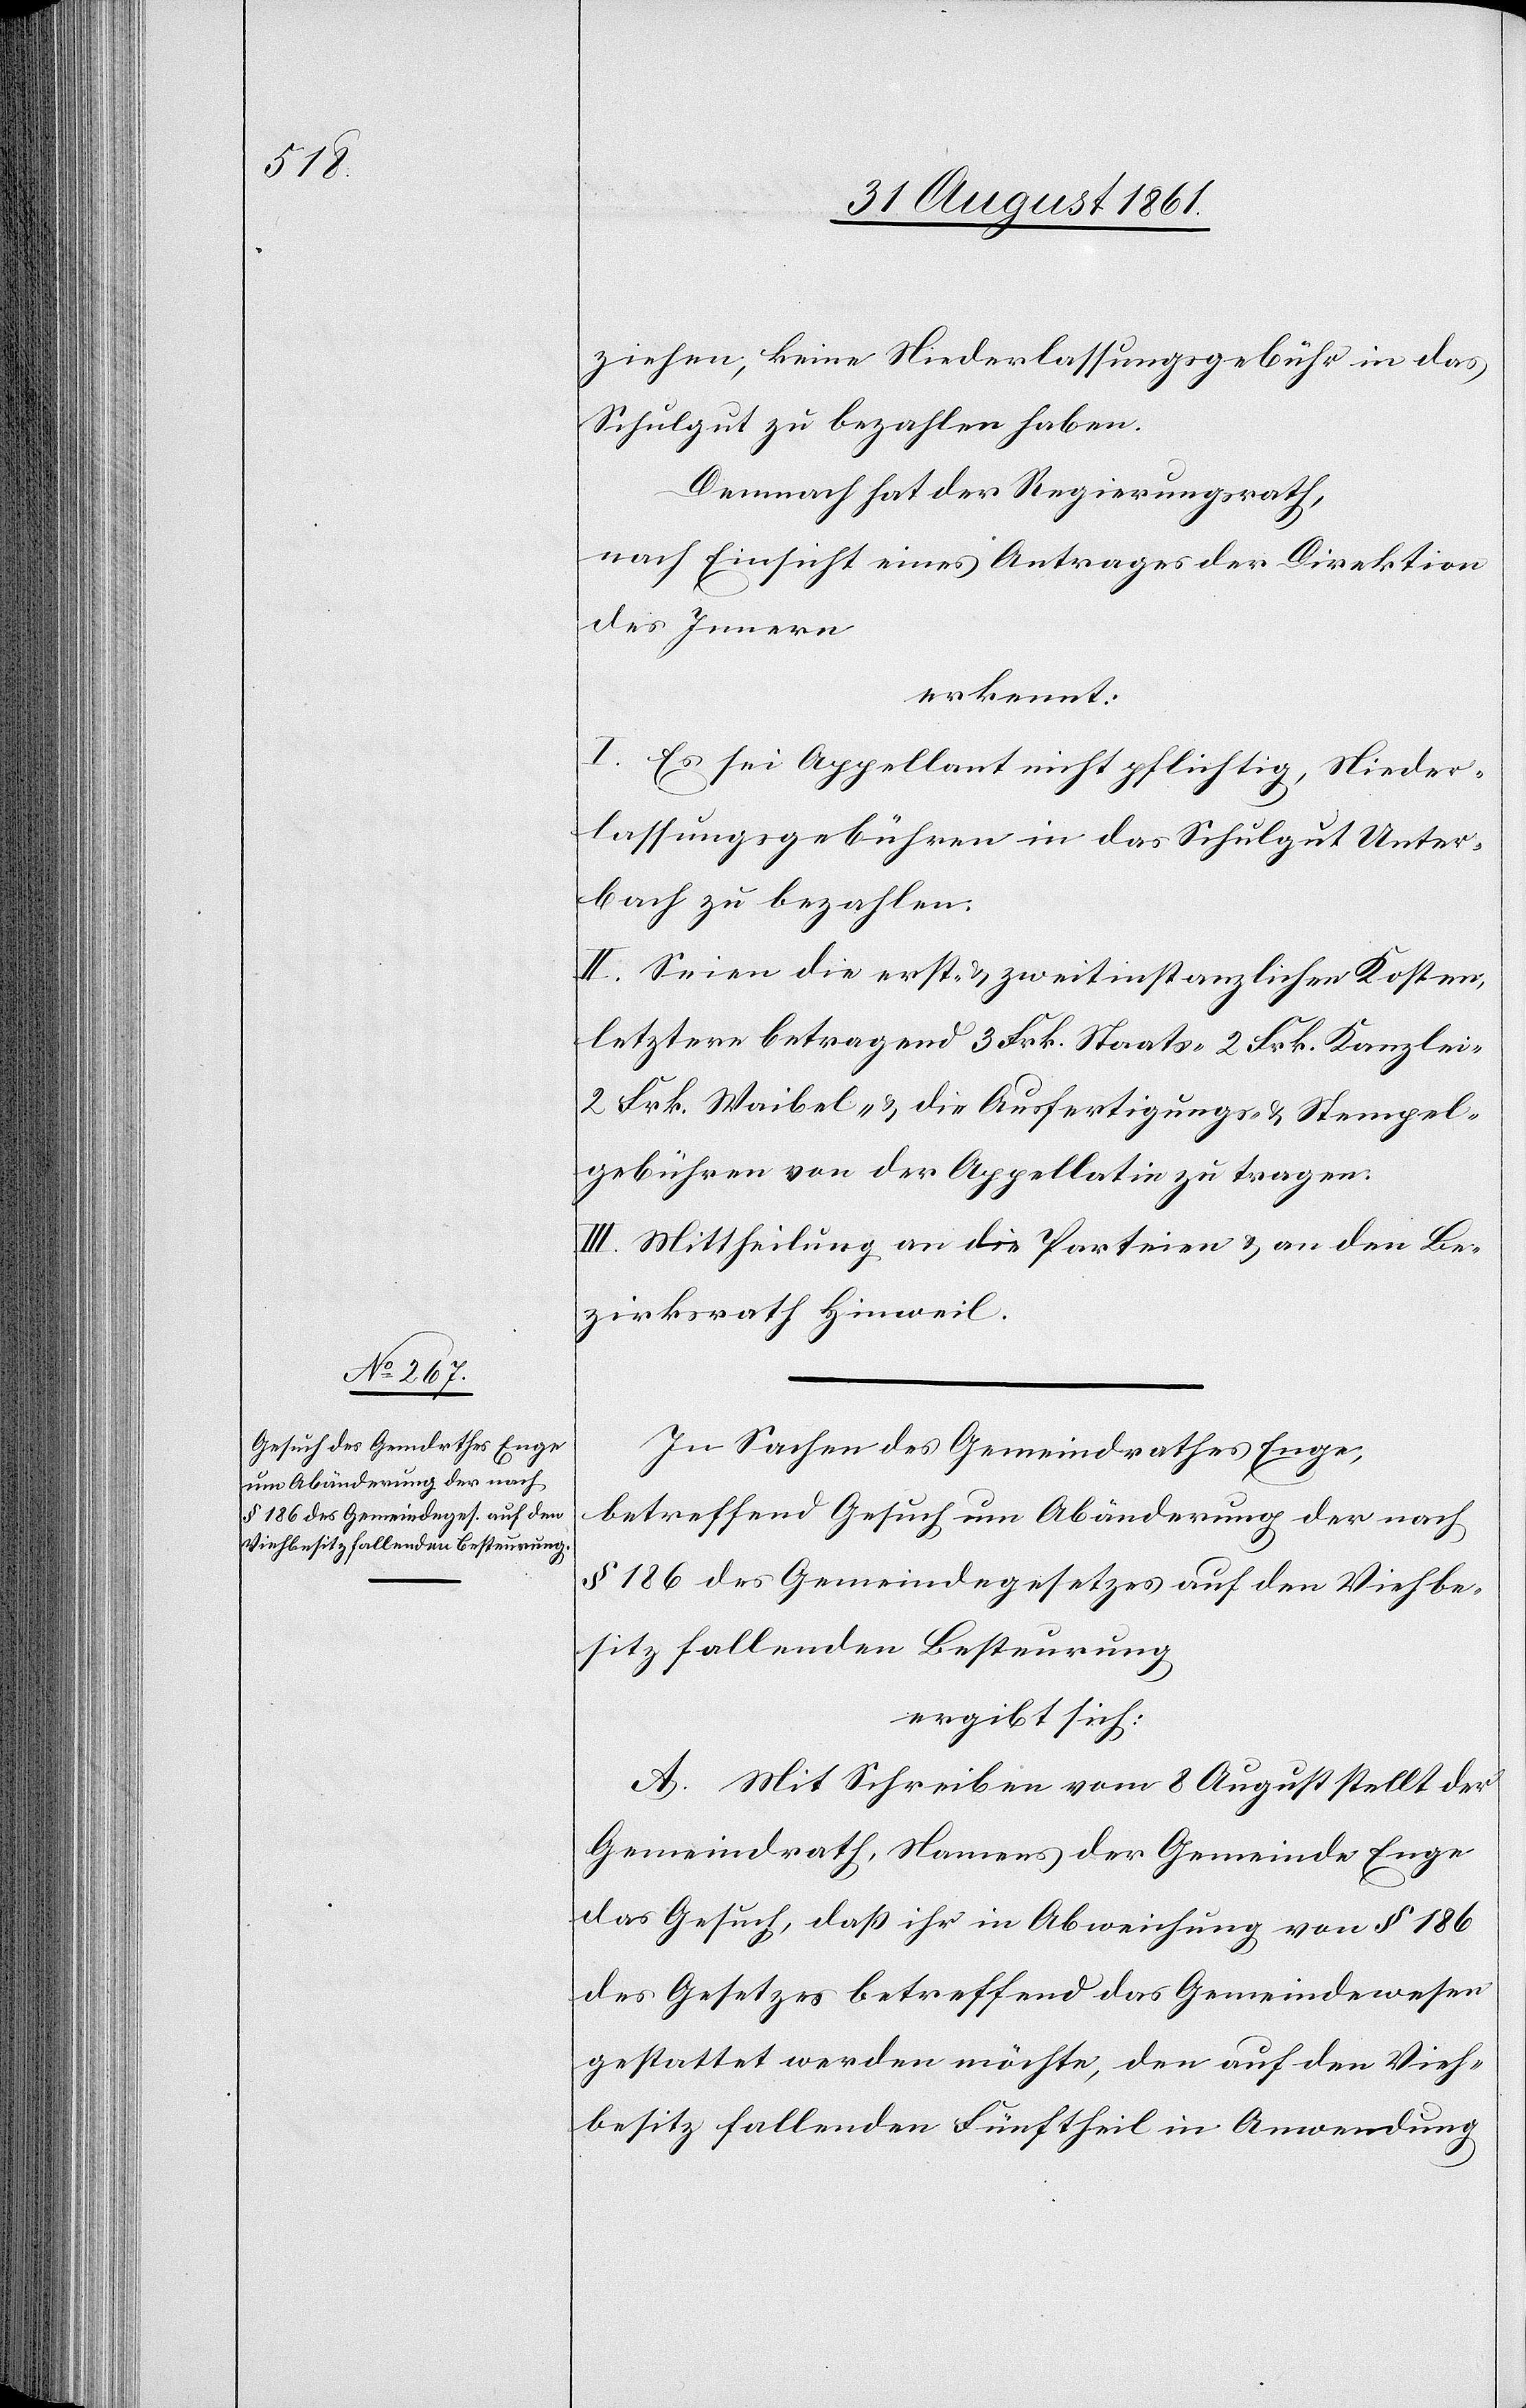
ziehen, keine Niederlassungsgebühr in das
Schulgut zu bezahlen haben.
Demnach hat der Regierungsrath,
nach Einsicht eines Antrages der Direktion
des Innern
erkennt:
I. Es sei Appellant nicht pflichtig, Nieder¬
lassungsgebühren in das Schulgut Unter¬
bach zu bezahlen:
II. Seien die erst- u. zweitinstanzlichen Kosten,
letztere betragend 3 Frk. Staats-[,] 2 Frk. Kanzlei-[,]
2 Frk. Waibel- u. die Ausfertigungs- u. Stempel¬
gebühren von der Appellatin zu tragen.
III. Mittheilung an die Parteien u. an den Be¬
zirksrath Hinweil.
In Sachen des Gemeindrathes Enge,
betreffend Gesuch um Abänderung der nach
§ 186 des Gemeindegesetzes auf den Viehbe¬
sitz fallenden Besteurung
ergibt sich:
A. Mit Schreiben vom 8 August stellt der
Gemeindrath, Namens der Gemeinde Enge
das Gesuch, daß ihr in Abweichung von § 186
des Gesetzes betreffend das Gemeindewesen
gestattet werden möchte, den auf den Vieh¬
besitz fallenden Fünftheil in Anwendung